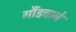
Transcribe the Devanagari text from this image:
गौंडवाने